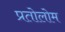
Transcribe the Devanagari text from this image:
प्रतोलोम